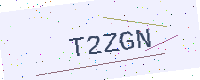
Text: T2ZGN